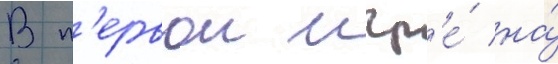
В п'ервои игр'е́ на́